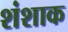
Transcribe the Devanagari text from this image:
शंशाक